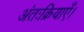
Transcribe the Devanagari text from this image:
अंतःक्रियाएँ।